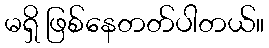
မရှိ ဖြစ်နေတတ်ပါတယ်။